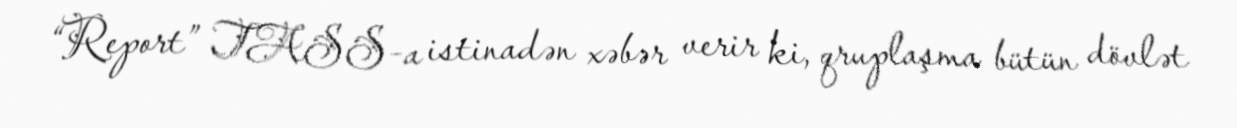
“Report” TASS-a istinadən xəbər verir ki, qruplaşma bütün dövlət